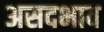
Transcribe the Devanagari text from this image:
असदभाव